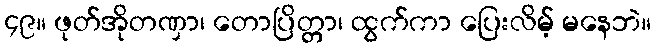
၄၉။ ဖုတ်အိုတဏှာ၊ တောပြိတ္တာ၊ ထွက်ကာ ပြေးလိမ့် မနေဘဲ။